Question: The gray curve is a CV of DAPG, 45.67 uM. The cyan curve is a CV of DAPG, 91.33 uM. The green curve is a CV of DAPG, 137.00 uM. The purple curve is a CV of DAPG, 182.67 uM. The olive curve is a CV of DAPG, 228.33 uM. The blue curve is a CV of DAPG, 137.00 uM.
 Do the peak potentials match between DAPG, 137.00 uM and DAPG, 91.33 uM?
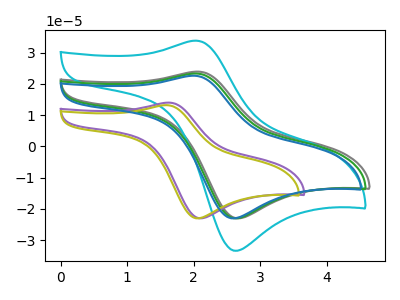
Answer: <think>The gray curve "DAPG, 45.67 uM" has an anodic peak at (2.05V, 23.95uA) and a cathodic peak at (2.70V, -23.00uA). The cyan curve "DAPG, 91.33 uM" has an anodic peak at (2.00V, 33.85uA) and a cathodic peak at (2.65V, -33.40uA). The green curve "DAPG, 137.00 uM" has an anodic peak at (2.00V, 23.35uA) and a cathodic peak at (2.65V, -23.00uA). The purple curve "DAPG, 182.67 uM" has an anodic peak at (1.60V, 14.00uA) and a cathodic peak at (2.10V, -23.00uA). The olive curve "DAPG, 228.33 uM" has an anodic peak at (1.60V, 13.20uA) and a cathodic peak at (2.10V, -23.00uA). The blue curve "DAPG, 137.00 uM" has an anodic peak at (2.00V, 22.65uA) and a cathodic peak at (2.60V, -23.00uA).</think>
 <answer>Yes, "DAPG, 137.00 uM" have a peak in "DAPG, 91.33 uM" at the same potential.</answer>
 <eval>match</eval>